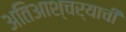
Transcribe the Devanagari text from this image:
अतिआश्चर्याची